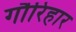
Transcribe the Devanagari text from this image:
गौरिहार